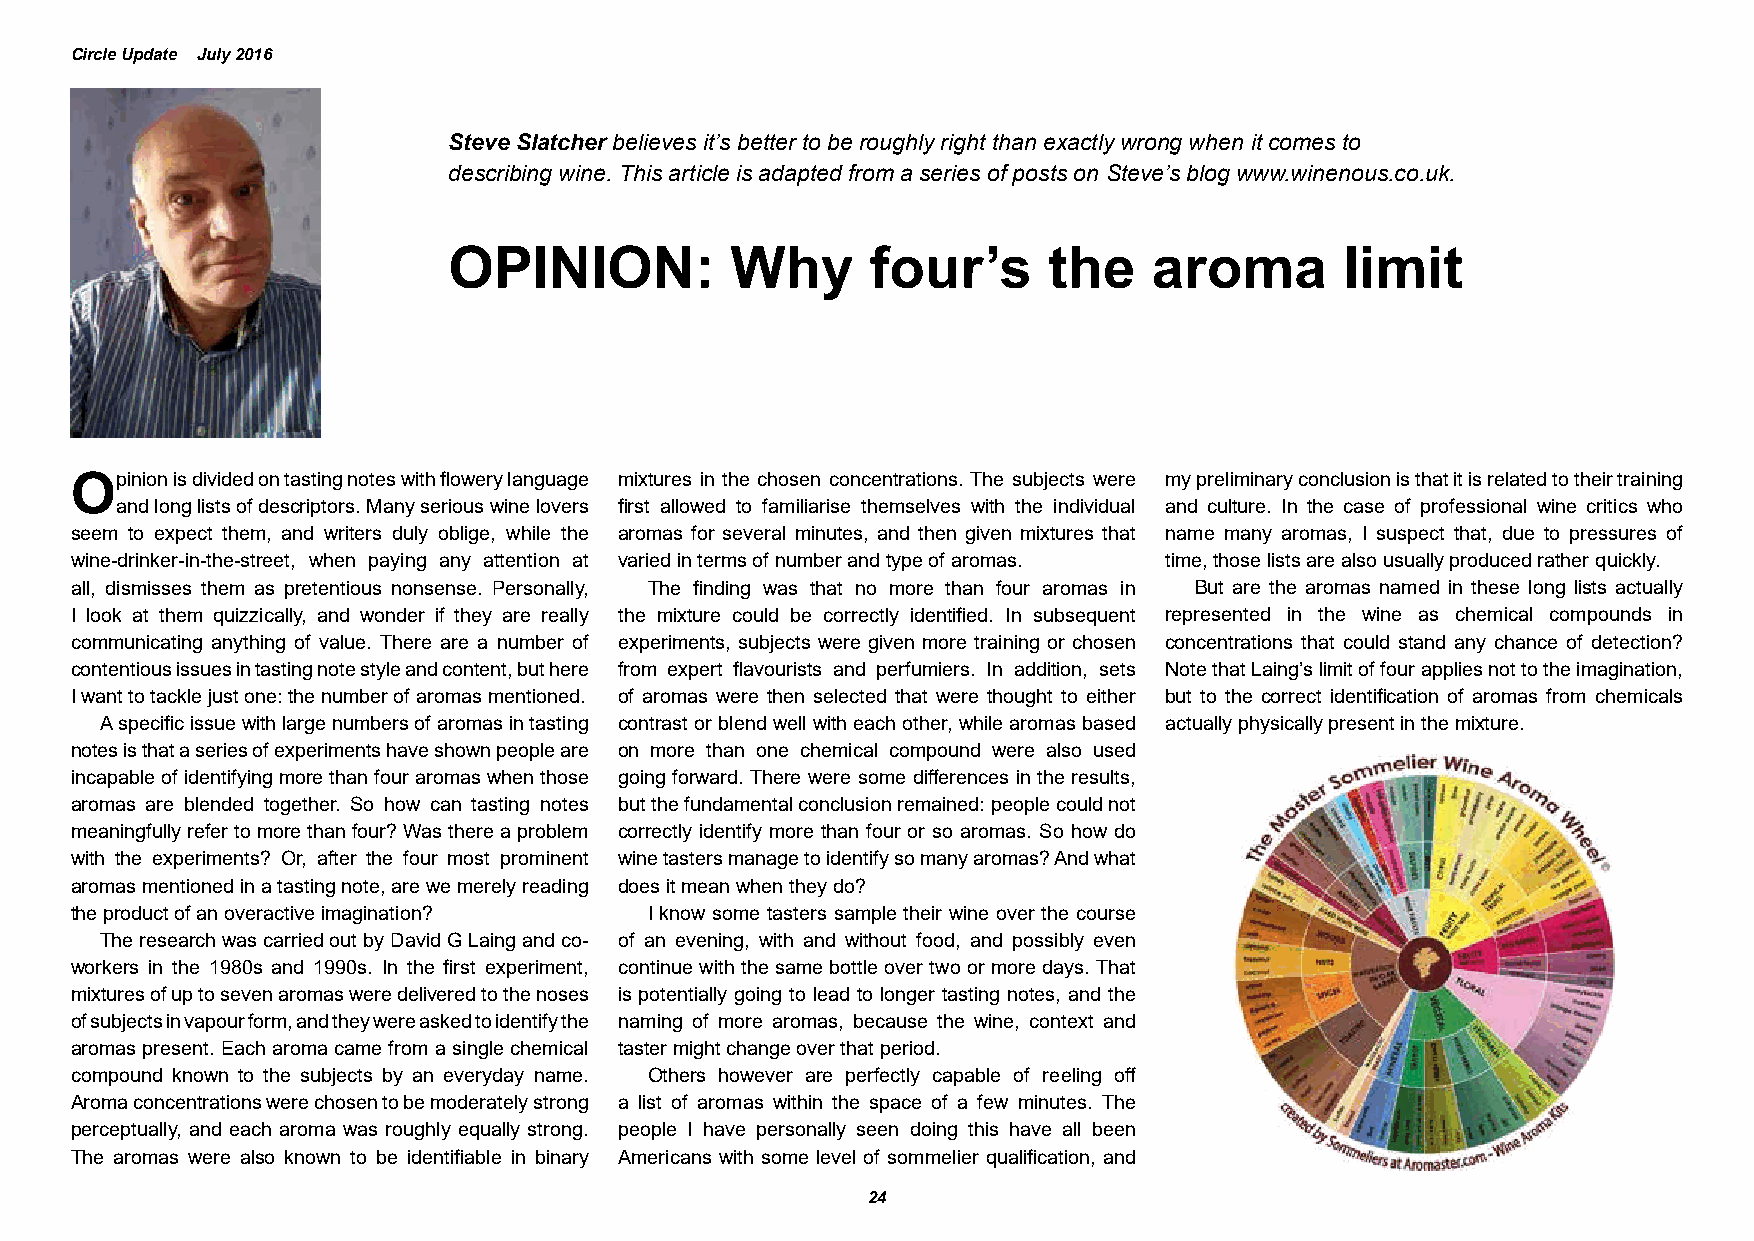
Circle Update July 2016
 Steve Slatcher believes it’s better to be roughly right than exactly wrong when it comes to
 describing wine. This article is adapted from a series of posts on Steve’s blog www.winenous.co.uk.
 OPINION:          Why       four’s     the    aroma        limit
 Opinion is divided on tasting notes with flowery language mixtures in the chosen concentrations. The subjects were my preliminary conclusion is that it is related to their training
 and long lists of descriptors. Many serious wine lovers first allowed to familiarise themselves with the individual and culture. In the case of professional wine critics who
 seem to expect them, and writers duly oblige, while the aromas for several minutes, and then given mixtures that name many aromas, I suspect that, due to pressures of
 wine-drinker-in-the-street, when paying any attention at varied in terms of number and type of aromas. time, those lists are also usually produced rather quickly.
 all, dismisses them as pretentious nonsense. Personally, The finding was that no more than four aromas in But are the aromas named in these long lists actually
 I look at them quizzically, and wonder if they are really the mixture could be correctly identified. In subsequent represented in the wine as chemical compounds in
 communicating anything of value. There are a number of experiments, subjects were given more training or chosen concentrations that could stand any chance of detection?
 contentious issues in tasting note style and content, but here from expert flavourists and perfumiers. In addition, sets Note that Laing’s limit of four applies not to the imagination,
 I want to tackle just one: the number of aromas mentioned. of aromas were then selected that were thought to either but to the correct identification of aromas from chemicals
 A specific issue with large numbers of aromas in tasting contrast or blend well with each other, while aromas based actually physically present in the mixture.
 notes is that a series of experiments have shown people are on more than one chemical compound were also used
 incapable of identifying more than four aromas when those going forward. There were some differences in the results,
 aromas are blended together. So how can tasting notes but the fundamental conclusion remained: people could not
 meaningfully refer to more than four? Was there a problem correctly identify more than four or so aromas. So how do
 with the experiments? Or, after the four most prominent wine tasters manage to identify so many aromas? And what
 aromas mentioned in a tasting note, are we merely reading does it mean when they do?
 the product of an overactive imagination? I know some tasters sample their wine over the course
 The research was carried out by David G Laing and co- of an evening, with and without food, and possibly even
 workers in the 1980s and 1990s. In the first experiment, continue with the same bottle over two or more days. That
 mixtures of up to seven aromas were delivered to the noses is potentially going to lead to longer tasting notes, and the
 of subjects in vapour form, and they were asked to identify the naming of more aromas, because the wine, context and
 aromas present. Each aroma came from a single chemical taster might change over that period.
 compound known to the subjects by an everyday name. Others however are perfectly capable of reeling off
 Aroma concentrations were chosen to be moderately strong a list of aromas within the space of a few minutes. The
 perceptually, and each aroma was roughly equally strong. people I have personally seen doing this have all been
 The aromas were also known to be identifiable in binary Americans with some level of sommelier qualification, and
 24